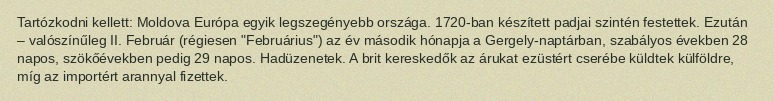
Tartózkodni kellett: Moldova Európa egyik legszegényebb országa. 1720-ban készített padjai szintén festettek. Ezután – valószínűleg II. Február (régiesen "Februárius") az év második hónapja a Gergely-naptárban, szabályos években 28 napos, szökőévekben pedig 29 napos. Hadüzenetek. A brit kereskedők az árukat ezüstért cserébe küldtek külföldre, míg az importért arannyal fizettek.